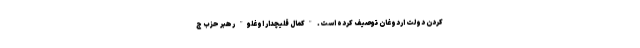
کردن دولت اردوغان توصیف کرده است. "کمال قلیچدار اوغلو" رهبر حزب ج